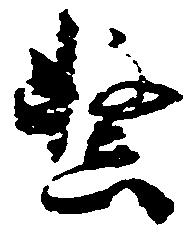
繋